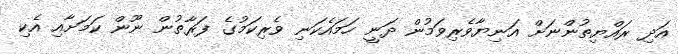
އަދި ރައްޔިތުންނަށް އަނިޔާވެރިވަމުން ދަނީ ހަމައެކަނި ވެރިކަމުގެ ފަރާތުން ނޫން ކަމަށާއި އެކި